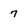
Character: 7